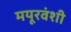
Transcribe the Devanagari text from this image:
मयूरवंशी